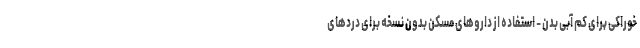
خوراکی برای کم آبی بدن - استفاده از داروهای مسکن بدون نسخه برای دردهای